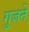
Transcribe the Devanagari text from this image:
गुजने